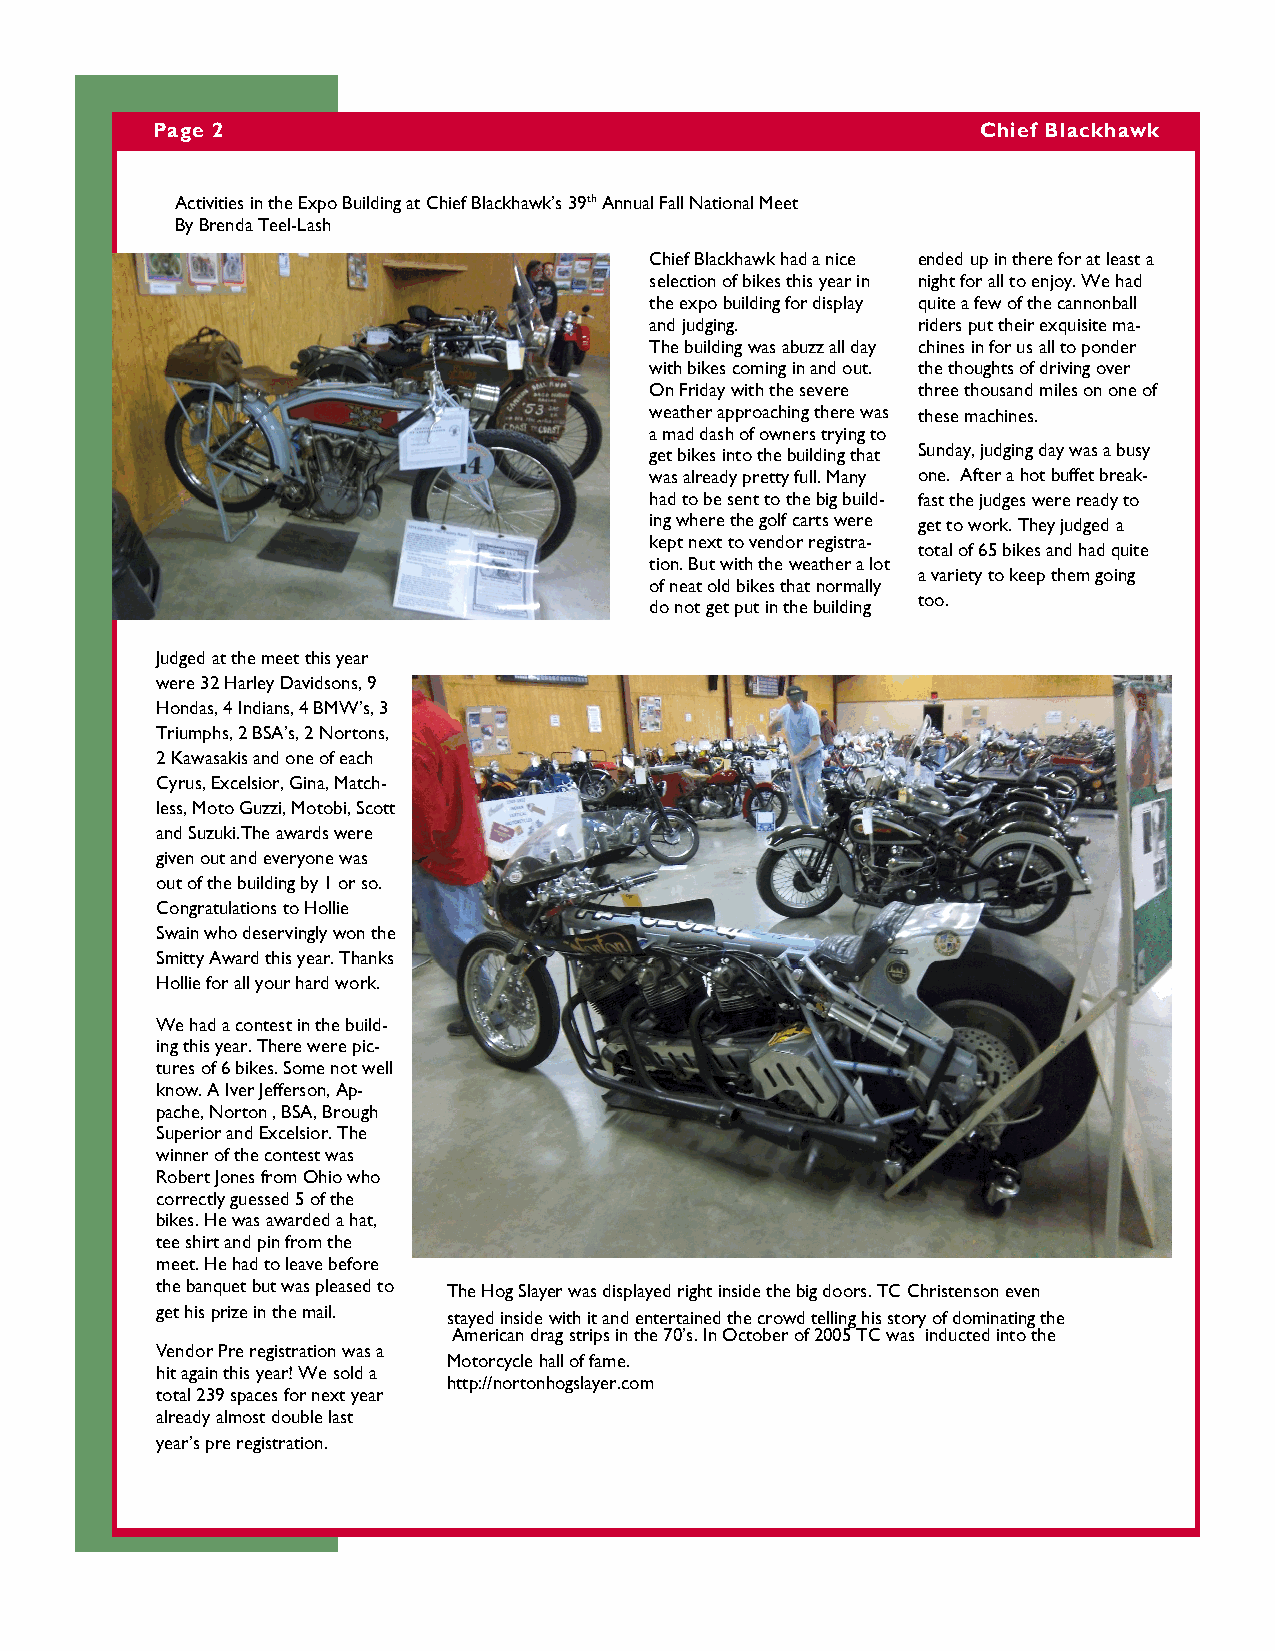
Page 2                                                 Chief Blackhawk
 Activities in the Expo Building at Chief Blackhawk’s 39th Annual Fall National Meet
 By Brenda Teel-Lash
 Chief Blackhawk had a nice ended up in there for at least a
 selection of bikes this year in night for all to enjoy. We had
 the expo building for display quite a few of the cannonball
 and judging.      riders put their exquisite ma-
 The building was abuzz all day chines in for us all to ponder
 with bikes coming in and out. the thoughts of driving over
 On Friday with the severe three thousand miles on one of
 weather approaching there was these machines.
 a mad dash of owners trying to
 get bikes into the building that Sunday, judging day was a busy
 was already pretty full. Many one. After a hot buffet break-
 had to be sent to the big build- fast the judges were ready to
 ing where the golf carts were get to work. They judged a
 kept next to vendor registra-
 total of 65 bikes and had quite
 tion. But with the weather a lot
 a variety to keep them going
 of neat old bikes that normally
 too.
 do not get put in the building
 Judged at the meet this year
 were 32 Harley Davidsons, 9
 Hondas, 4 Indians, 4 BMW’s, 3
 Triumphs, 2 BSA’s, 2 Nortons,
 2 Kawasakis and one of each
 Cyrus, Excelsior, Gina, Match-
 less, Moto Guzzi, Motobi, Scott
 and Suzuki.The awards were
 given out and everyone was
 out of the building by 1 or so.
 Congratulations to Hollie
 Swain who deservingly won the
 Smitty Award this year. Thanks
 Hollie for all your hard work.
 We had a contest in the build-
 ing this year. There were pic-
 tures of 6 bikes. Some not well
 know. A Iver Jefferson, Ap-
 pache, Norton , BSA, Brough
 Superior and Excelsior. The
 winner of the contest was
 Robert Jones from Ohio who
 correctly guessed 5 of the
 bikes. He was awarded a hat,
 tee shirt and pin from the
 meet. He had to leave before
 the banquet but was pleased to The Hog Slayer was displayed right inside the big doors. TC Christenson even
 get his prize in the mail. stayed inside with it and entertained the crowd telling his story of dominating the
 American drag strips in the 70’s. In October of 2005 TC was inducted into the
 Vendor Pre registration was a
 Motorcycle hall of fame.
 hit again this year! We sold a
 http://nortonhogslayer.com
 total 239 spaces for next year
 already almost double last
 year’s pre registration.